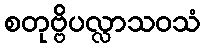
စတုဗ္ဗိပလ္လာသဝသံ